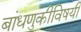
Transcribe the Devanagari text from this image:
बांधणुकीविषयी